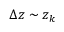
\Delta z \sim z _ { k }